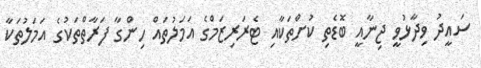
ސައީދު ވިދާޅުވީ ޖިނާއީ ބޮޑެތި ކުށްތަކާއި ޓެރަރިޒަމްގެ އަމަލުތައް ހިންގާ ފަރާތްތަކުގެ އަމަލުތަކާ